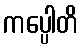
ကပ္ပေါတိ